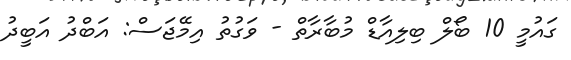
ގައުމީ 10 ބޯލް ބިލިއާޑް މުބާރާތް - ވަގުތު އިމޭޖަސް: އަބްދު އަބީދު